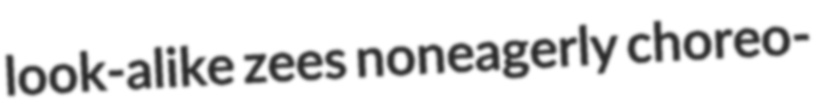
look-alike zees noneagerly choreo-